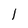
Character: 1